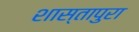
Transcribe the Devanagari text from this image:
शास्तापुरा